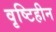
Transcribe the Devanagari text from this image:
वृष्टिहीन